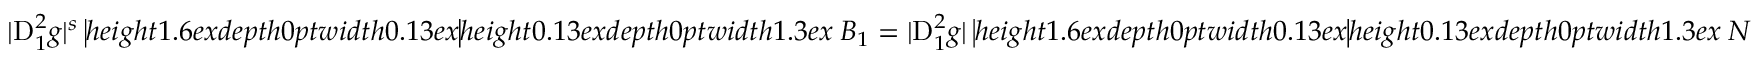
| { \mathrm { D } } _ { 1 } ^ { 2 } g | ^ { s } \mathbin { \vrule h e i g h t 1 . 6 e x d e p t h 0 p t w i d t h 0 . 1 3 e x \vrule h e i g h t 0 . 1 3 e x d e p t h 0 p t w i d t h 1 . 3 e x } B _ { 1 } = | { \mathrm { D } } _ { 1 } ^ { 2 } g | \mathbin { \vrule h e i g h t 1 . 6 e x d e p t h 0 p t w i d t h 0 . 1 3 e x \vrule h e i g h t 0 . 1 3 e x d e p t h 0 p t w i d t h 1 . 3 e x } N